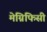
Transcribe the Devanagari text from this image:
मेग्निफिसी